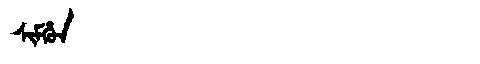
Manchu: ᠰᡳᠮᡥᡠᠨ
Romanization: SIMHUN